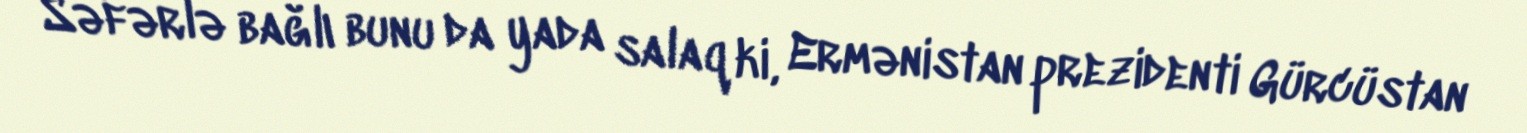
Səfərlə bağlı bunu da yada salaq ki, Ermənistan prezidenti Gürcüstan